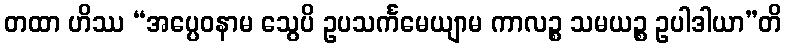
တထာ ဟိဿ “အပ္ပေဝနာမ သွေပိ ဥပသင်္ကမေယျာမ ကာလဉ္စ သမယဉ္စ ဥပါဒါယာ”တိ